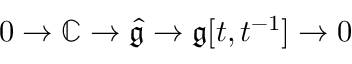
0 \to \mathbb { C } \to { \hat { \mathfrak { g } } } \to { \mathfrak { g } } [ t , t ^ { - 1 } ] \to 0